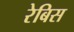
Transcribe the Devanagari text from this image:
रेबिस